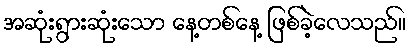
အဆုံးရွားဆုံးသော နေ့တစ်နေ့ ဖြစ်ခဲ့လေသည်။